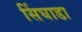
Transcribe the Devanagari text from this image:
सिंघाडा